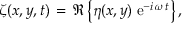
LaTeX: \zeta ( x , y , t ) \, = \, \Re \left\{ \eta ( x , y ) \; { \mathrm { e } } ^ { - i \, \omega \, t } \right\} ,